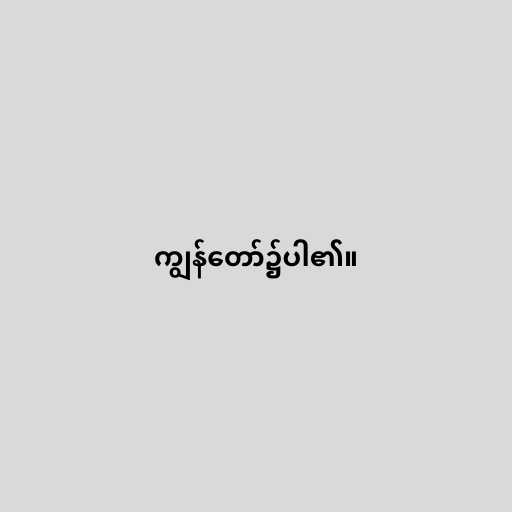
ကျွန်တော်၌ပါ၏။